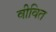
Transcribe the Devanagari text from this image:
वीवित